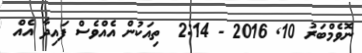
ނޮވެމްބަރު 10